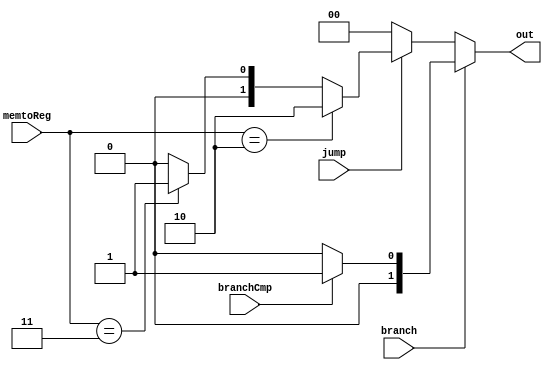
module PCSec (
    input branch,branchCmp,jump,
    input [1:0] memtoReg,
    output reg [1:0] out
);

    always @(*) begin
        out = 2'b00;
        if(branch == 1'b1) begin
            if(branchCmp == 1'b1) out = 2'b01;
        end
        else if(jump == 1'b1)begin
            if(memtoReg == 2'b10) out = 2'b10; // jalr
            else if(memtoReg == 2'b11) out = 2'b01; // jal
        end
    end

endmodule